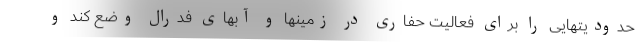
حدودیتهایی را برای فعالیت حفاری در زمینها و آبهای فدرال وضع کند و